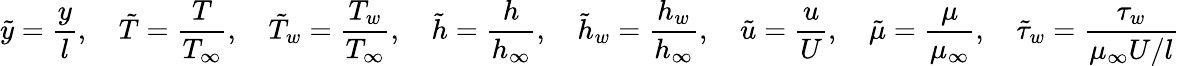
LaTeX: {\tilde{y}}={\frac{y}{l}},\quad{\tilde{T}}={\frac{T}{T_{\infty}}},\quad{\tilde{T}}_{w}={\frac{T_{w}}{T_{\infty}}},\quad{\tilde{h}}={\frac{h}{h_{\infty}}},\quad{\tilde{h}}_{w}={\frac{h_{w}}{h_{\infty}}},\quad{\tilde{u}}={\frac{u}{U}},\quad{\tilde{\mu}}={\frac{\mu}{\mu_{\infty}}},\quad{\tilde{\tau}}_{w}={\frac{\tau_{w}}{\mu_{\infty}U/l}}